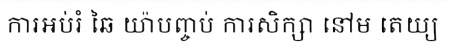
ការអប់រំ ឆៃ យ៉ាបញ្ចប់ ការសិក្សា នៅម តេយ្យ